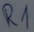
Text: R1